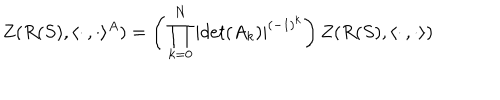
Z ( R ( S ) , \langle \cdot \, , \cdot \rangle ^ { A } ) = \biggl ( \, \prod _ { k = 0 } ^ { N } | d e t ( A _ { k } ) | ^ { ( - 1 ) ^ { k } } \biggr ) \, Z ( R ( S ) , \langle \cdot \, , \cdot \rangle )